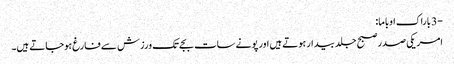
-3 باراک اوباما:
امریکی صدر صبح جلد بیدار ہوتے ہیں اور پونے سات بجے تک ورزش سے فارغ ہوجاتے ہیں۔